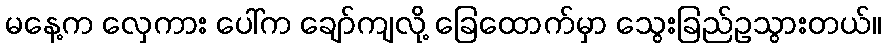
မနေ့က လှေကား ပေါ်က ချော်ကျလို့ ခြေထောက်မှာ သွေးခြည်ဥသွားတယ်။